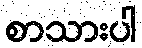
စာသားပါ